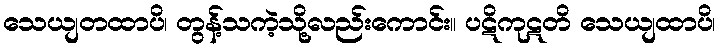
သေယျတထာပိ၊ တွန့်သကဲ့သို့လည်းကောင်း။ ပဋိကုဋတိ သေယျထာပိ၊